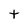
Character: t